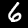
Digit: 6